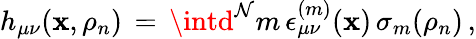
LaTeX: h_{\mu\nu}(\mathbf{x},\rho_{n})\, =\, \intd^{\mathcal{N}}m\, \epsilon_{\mu\nu}^{(m)}(\mathbf{x})\, \sigma_{m}(\rho_{n})\, ,